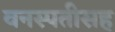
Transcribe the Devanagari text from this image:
वनस्पतीसह